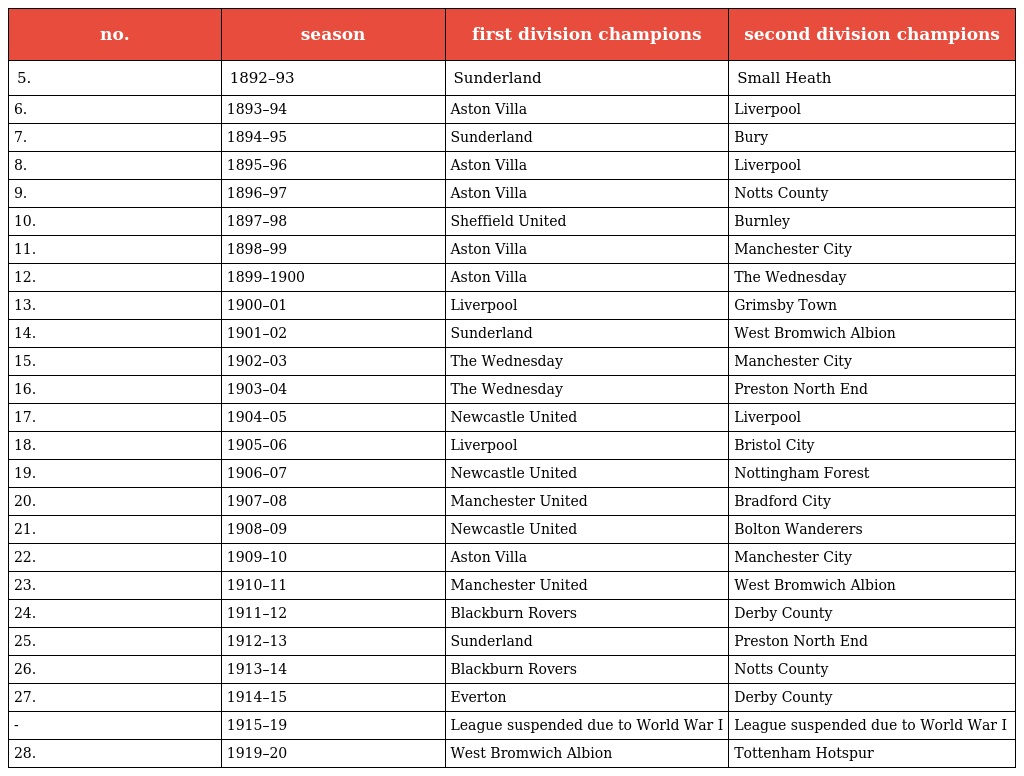
| no. | season | first division champions | second division champions |
 | --- | --- | --- | --- |
 | 5. | 1892–93 | Sunderland | Small Heath |
 | 6. | 1893–94 | Aston Villa | Liverpool |
 | 7. | 1894–95 | Sunderland | Bury |
 | 8. | 1895–96 | Aston Villa | Liverpool |
 | 9. | 1896–97 | Aston Villa | Notts County |
 | 10. | 1897–98 | Sheffield United | Burnley |
 | 11. | 1898–99 | Aston Villa | Manchester City |
 | 12. | 1899–1900 | Aston Villa | The Wednesday |
 | 13. | 1900–01 | Liverpool | Grimsby Town |
 | 14. | 1901–02 | Sunderland | West Bromwich Albion |
 | 15. | 1902–03 | The Wednesday | Manchester City |
 | 16. | 1903–04 | The Wednesday | Preston North End |
 | 17. | 1904–05 | Newcastle United | Liverpool |
 | 18. | 1905–06 | Liverpool | Bristol City |
 | 19. | 1906–07 | Newcastle United | Nottingham Forest |
 | 20. | 1907–08 | Manchester United | Bradford City |
 | 21. | 1908–09 | Newcastle United | Bolton Wanderers |
 | 22. | 1909–10 | Aston Villa | Manchester City |
 | 23. | 1910–11 | Manchester United | West Bromwich Albion |
 | 24. | 1911–12 | Blackburn Rovers | Derby County |
 | 25. | 1912–13 | Sunderland | Preston North End |
 | 26. | 1913–14 | Blackburn Rovers | Notts County |
 | 27. | 1914–15 | Everton | Derby County |
 | - | 1915–19 | League suspended due to World War I | League suspended due to World War I |
 | 28. | 1919–20 | West Bromwich Albion | Tottenham Hotspur |